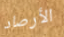
الأرصاد